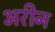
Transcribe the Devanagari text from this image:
अरीन